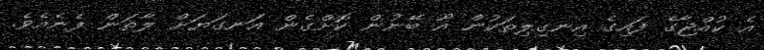
އެ ކުއްޖާގެ ފައިގެ އިނގިލިތަކުން އޫ ބޭނުން ކޮށްގެން އަނގަޔަށް ލާތަން ފެނެއެވެ.